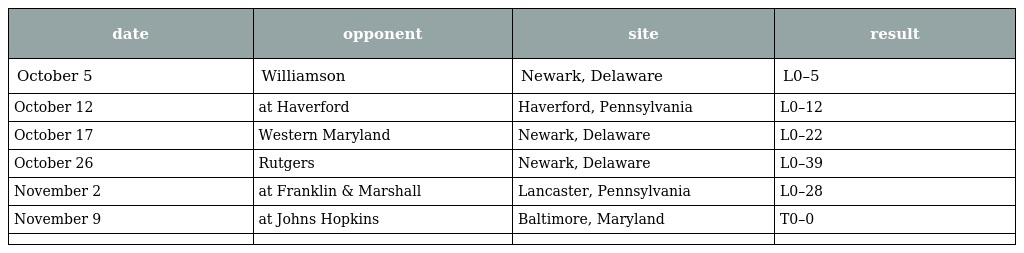
| date | opponent | site | result |
 | --- | --- | --- | --- |
 | October 5 | Williamson | Newark, Delaware | L0–5 |
 | October 12 | at Haverford | Haverford, Pennsylvania | L0–12 |
 | October 17 | Western Maryland | Newark, Delaware | L0–22 |
 | October 26 | Rutgers | Newark, Delaware | L0–39 |
 | November 2 | at Franklin & Marshall | Lancaster, Pennsylvania | L0–28 |
 | November 9 | at Johns Hopkins | Baltimore, Maryland | T0–0 |
 |  |  |  |  |